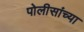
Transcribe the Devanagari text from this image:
पोलीसांच्या